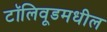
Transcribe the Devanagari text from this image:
टॉलिवूडमधील